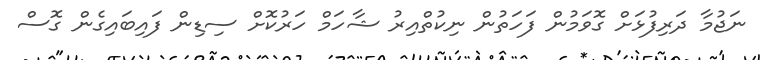
ނަޖުމާ ދަރިފުޅަށް ގޮވަމުން ފަހަތުން ނިކުތްއިރު ޝާހަމް ހަރުކޮށް ސިޑިން ފައިބައިގެން ގޮސް